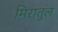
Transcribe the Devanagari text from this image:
मिरातुल